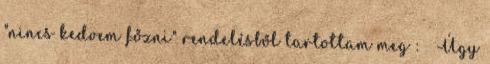
"nincs kedvem főzni" rendelésből tartottam meg : Úgy